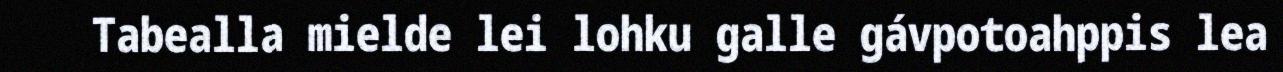
Tabealla mielde lei lohku galle gávpotoahppis lea